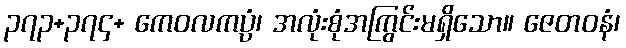
၃၇၃+၃၇၄+ ကေဝလကပ္ပံ၊ အလုံးစုံအကြွင်းမရှိသော။ ဇေတဝနံ၊